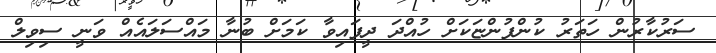
ސަރުކާރުން ހަތަރު ކުންފުންޏަކަަށް ހުއްދަ ދީފައިވާ ކަމަށް ބުނާ މައްސަލައެއް ވަނީ ސިވިލް